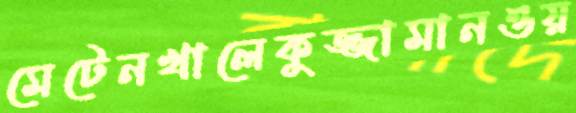
মেটেনখালেকুজ্জামানওয়